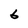
Character: 6